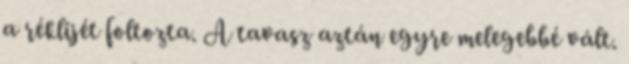
a réklijét foltozta. A tavasz aztán egyre melegebbé vált.